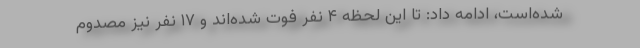
شده‌است، ادامه داد: تا این لحظه ۴ نفر فوت شده‌اند و ۱۷ نفر نیز مصدوم